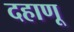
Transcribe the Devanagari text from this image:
दहाणू